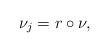
LaTeX: \begin{align*}\nu_{j} = r \circ \nu,\end{align*}